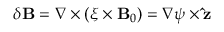
\delta \mathbf { B } = \nabla \times ( \xi \times \mathbf { B } _ { 0 } ) = \nabla \psi \times \mathbf { \hat { z } }